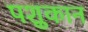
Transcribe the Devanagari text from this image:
पशुकान